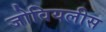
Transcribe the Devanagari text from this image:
जोवियलीस